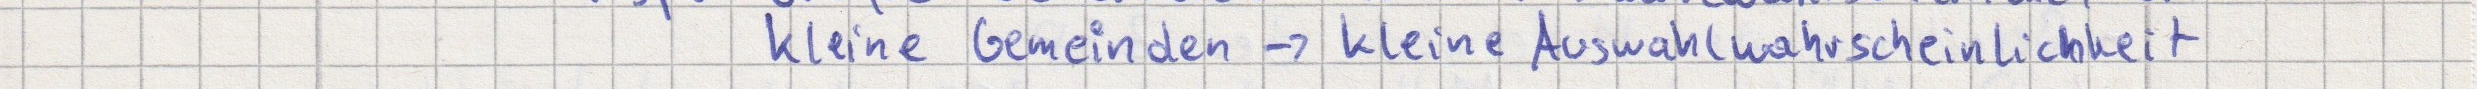
kleine Gemeinden -> kleine Auswahlwahrscheinlichkeit